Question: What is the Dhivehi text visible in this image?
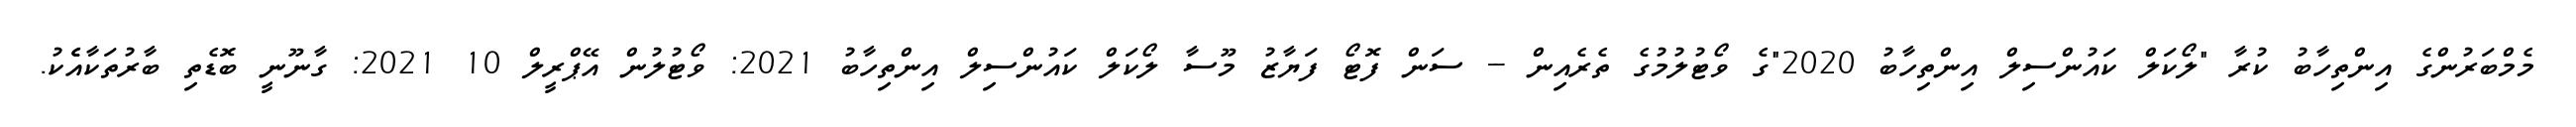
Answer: މެމްބަރުންގެ އިންތިހާބު ކުރާ "ލޯކަލް ކައުންސިލް އިންތިހާބު 2020"ގެ ވޯޓުލުމުގެ ތެރެއިން -- ސަން ފޮޓޯ ފަޔާޒު މޫސާ ލޯކަލް ކައުންސިލް އިންތިހާބު 2021: ވޯޓުލުން އޭޕްރީލް 10 2021: ގާނޫނީ ބޮޑެތި ބާރުތަކާއެެކު.